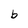
Character: b